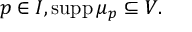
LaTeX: p \in I , \operatorname { s u p p } \mu _ { p } \subseteq V .